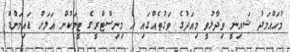
މުހައްމަދު ޝައިނީ ވިދާޅުވީ މިއަދުގެ ވަގުތެއްގައި އެ މިނިސްޓްރީގެ ޓީމަކުން އަލަށް ޑައިމަންޑް